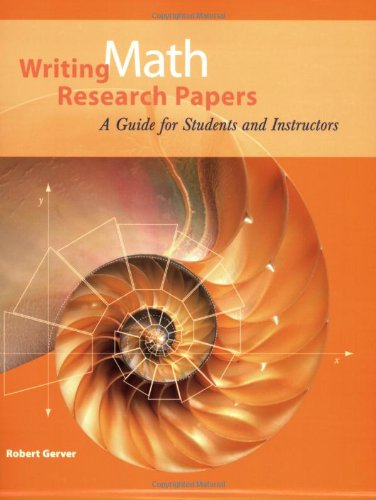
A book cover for Writing Math Research Papers: A Guide for Students and Instructors; Robert Gerver; Science & Math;